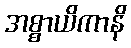
အစ္စာယိကာနိ